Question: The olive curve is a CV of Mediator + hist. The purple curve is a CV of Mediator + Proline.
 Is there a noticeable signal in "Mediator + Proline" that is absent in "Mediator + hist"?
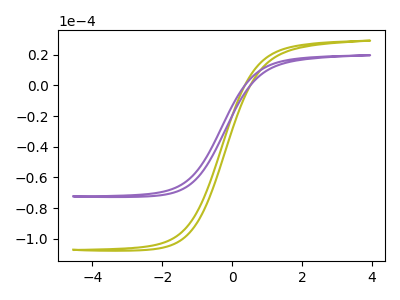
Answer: <think>The olive curve "Mediator + hist" has no peaks. The purple curve "Mediator + Proline" has no peaks.
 Neither "Mediator + Proline" or "Mediator + hist" have any peaks.</think>
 <answer>No, "Mediator + Proline" and "Mediator + hist" don't appear to be significantly different in shape</answer>
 <eval>no_change</eval>